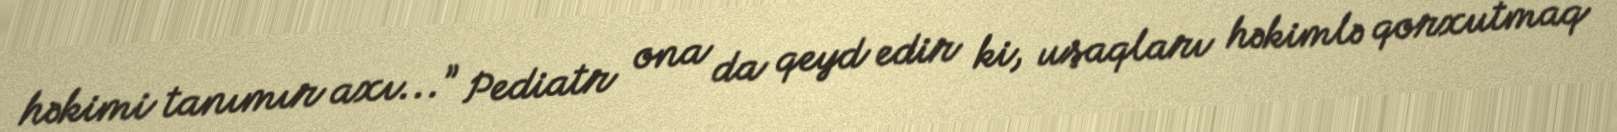
həkimi tanımır axı...” Pediatr ona da qeyd edir ki, uşaqları həkimlə qorxutmaq